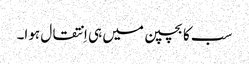
سب کا بچپن میں ہی اِنتقال ہوا۔